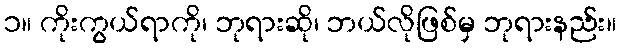
၁။ ကိုးကွယ်ရာကို၊ ဘုရားဆို၊ ဘယ်လိုဖြစ်မှ ဘုရားနည်း။